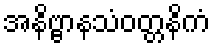
အနိဗ္ဗာနသံဝတ္တနိကံ